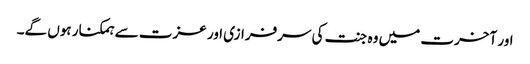
اور آخرت میں وہ جنت کی سرفرازی اور عزت سے ہمکنار ہوں گے۔